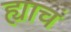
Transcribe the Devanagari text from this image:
ह्याचं